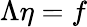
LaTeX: \Lambda\eta=f